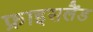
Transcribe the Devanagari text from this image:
फ्राइसलैंड